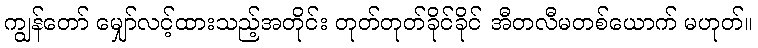
ကျွန်တော် မျှော်လင့်ထားသည့်အတိုင်း တုတ်တုတ်ခိုင်ခိုင် အီတလီမတစ်ယောက် မဟုတ်။